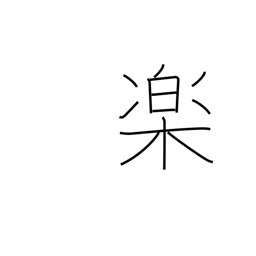
Meaning: comfort